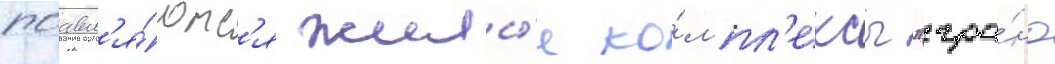
поавл'я́ютс'я жилы́е ко́мпл'ексы "гра́нд